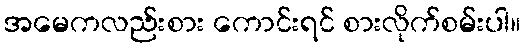
အမေကလည်းစား ကောင်းရင် စားလိုက်စမ်းပါ။